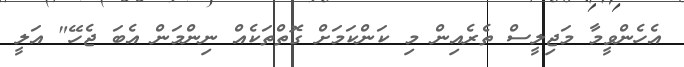
އެހެންވީމާ މަޖިލީސް ތެރެއިން މި ކަންކަމަށް ގޮތްތަކެއް ނިންމަން އެބަ ޖެހޭ" އަލީ